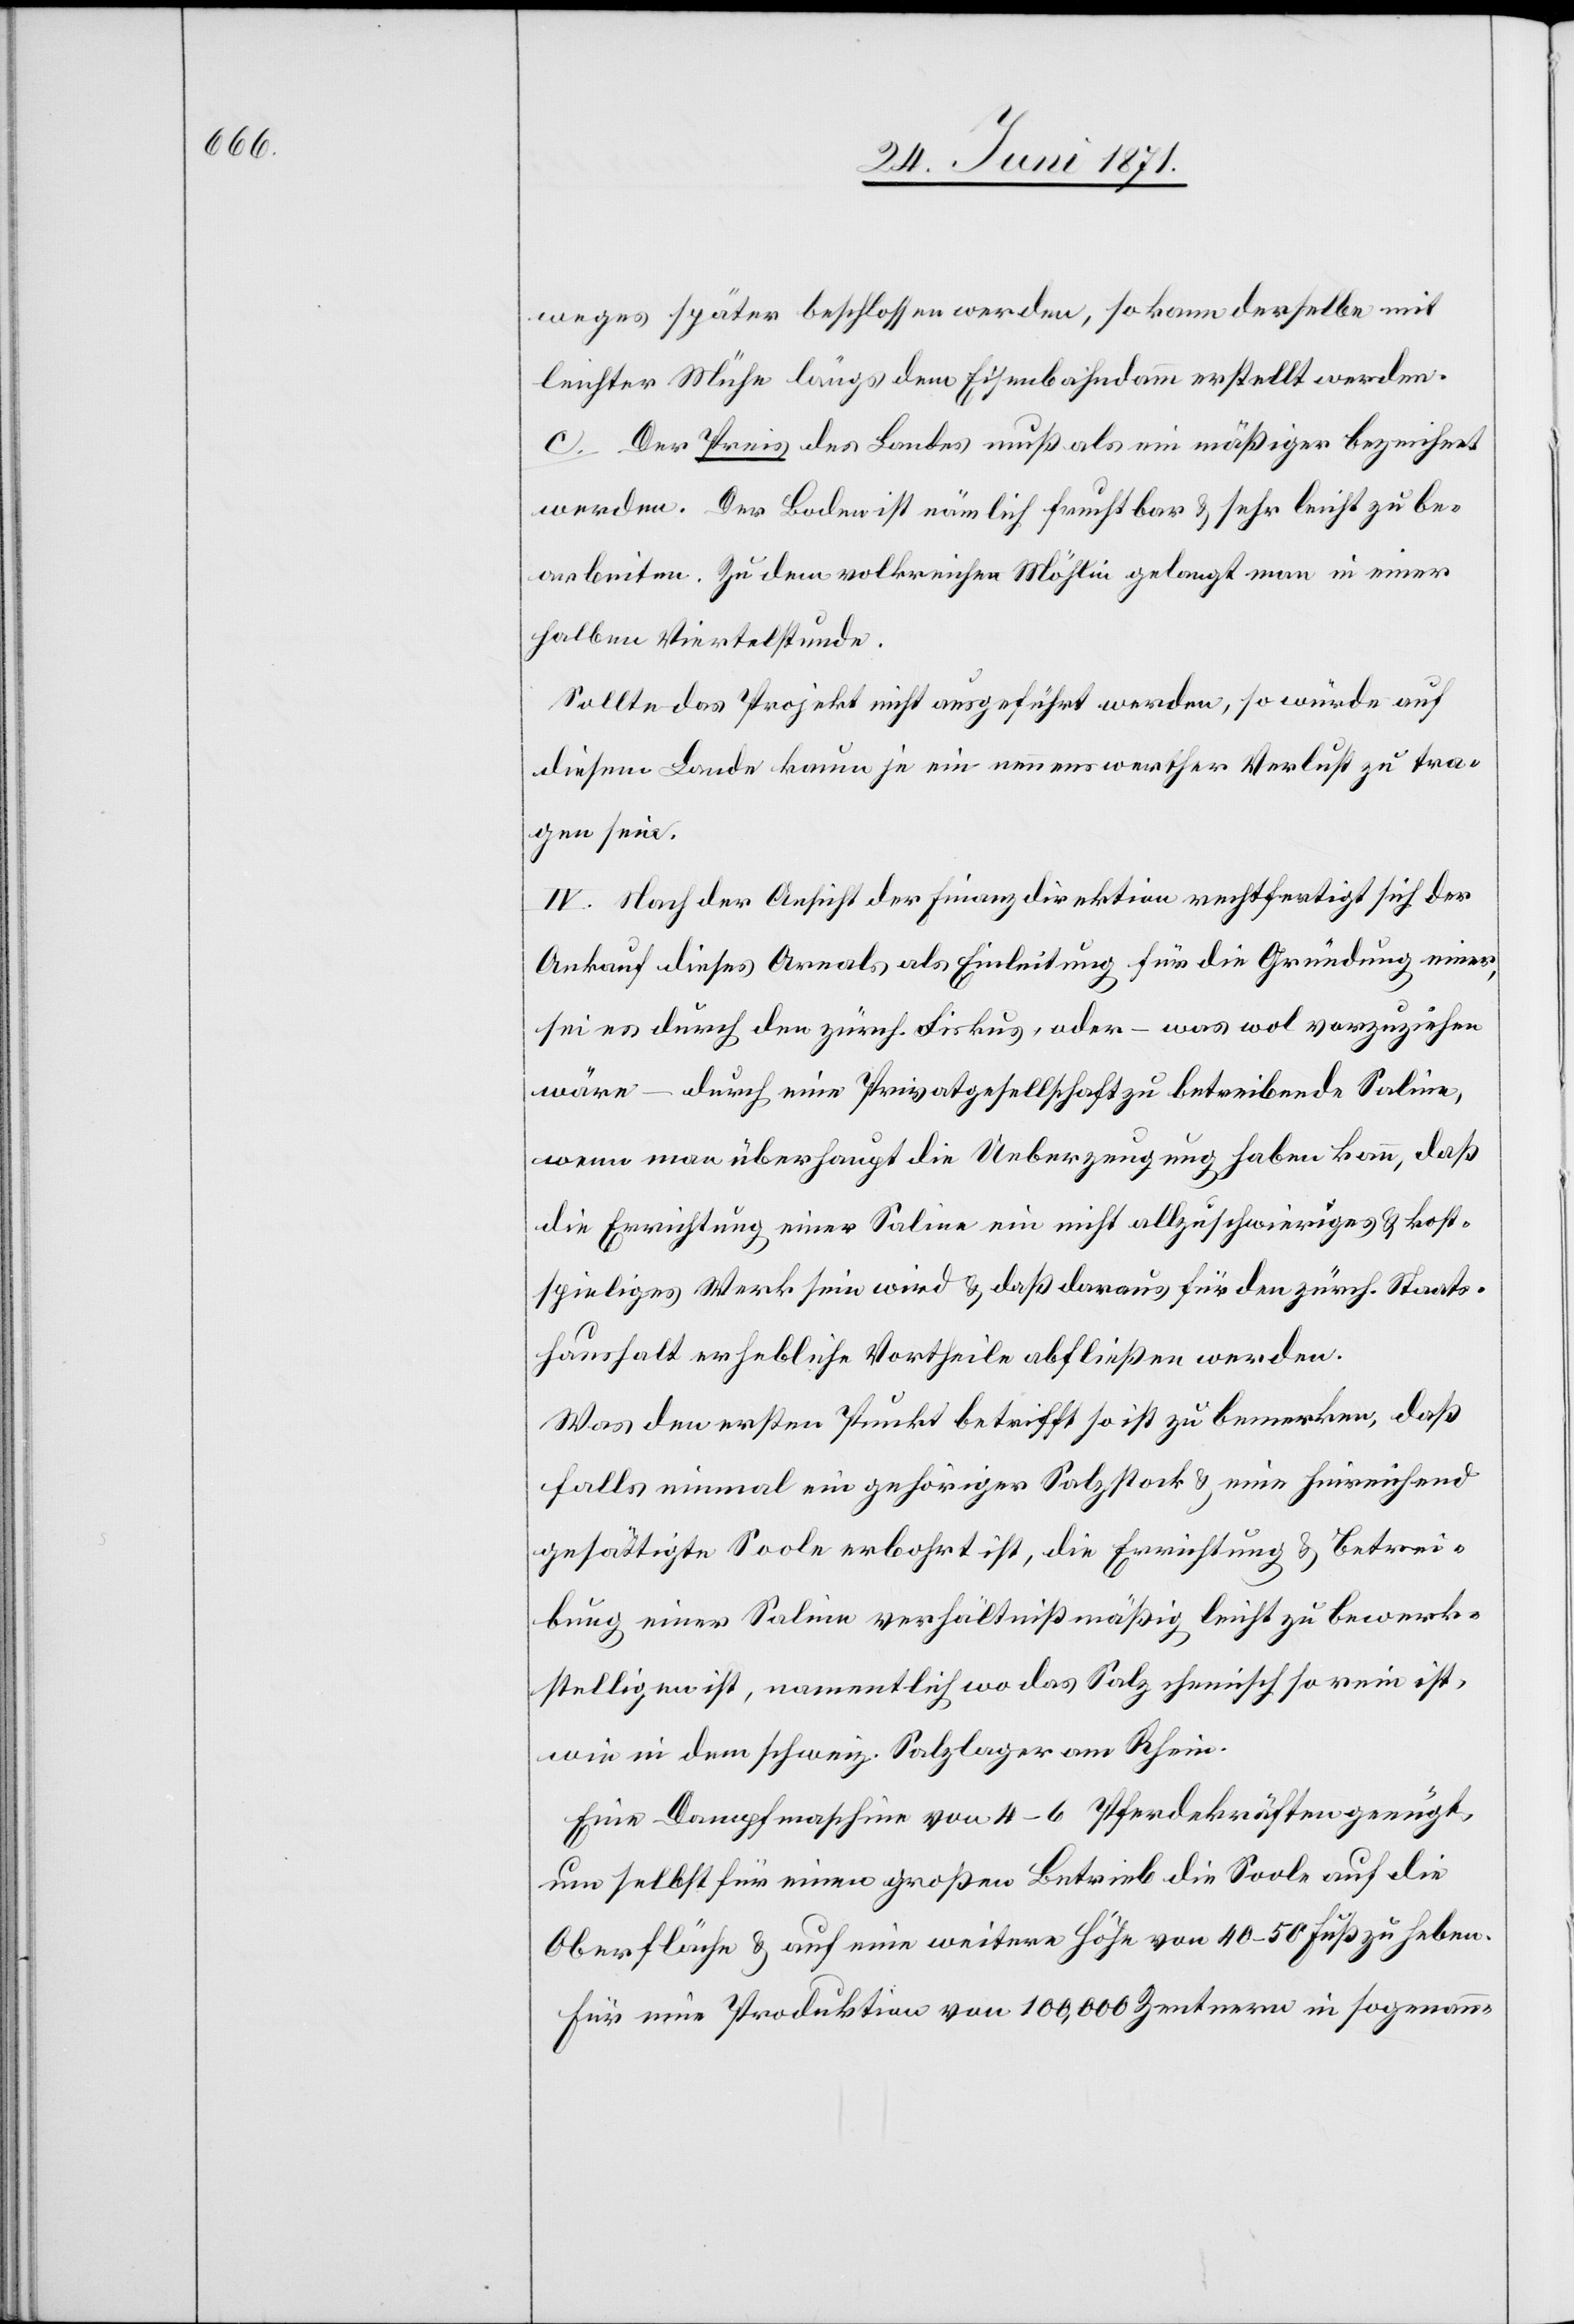
wagens später beschlossen werden, so kann derselbe mit
leichter Mühe längs dem Eisenbahndamm erstellt werden.
c. Der Preis des Landes muß als ein mäßiger bezeichnet
werden. Der Boden ist nämlich fruchtbar u. sehr leicht zu be¬
arbeiten. Zu dem volkreichen Möhlin gelangt man in einer
halben Viertelstunde.
Sollte das Projekt nicht ausgeführt werden, so würde auf
diesem Lande kaum je ein nennenswerther Verlust zu tra¬
gen sein.
IV. Nach der Ansicht der Finanzdirektion rechtfertigt sich der
Ankauf dieses Areals als Einleitung für die Gründung einer,
sei es durch den zürch. Fiskus, oder – was wol vorzuziehen
wäre – durch eine Privatgesellschaft zu betreibende Saline,
wenn man überhaupt die Ueberzeugung haben kann, daß
die Errichtung einer Saline ein nicht allzuschwieriges u. kost¬
spieliges Werk sein wird u. daß daraus für den zürch. Staats¬
haushalt erhebliche Vortheile abfließen werden.
Was den ersten Punkt betrifft so ist zu bemerken, daß
falls einmal ein gehöriger Salzstock u. eine hinreichend
gesättigte Soole erbohrt ist, die Errichtung u. Betrei¬
bung einer Saline verhältnißmäßig leicht zu bewerk¬
stelligen ist, namentlich wo das Salz chemisch so rein ist,
wie in dem schweiz. Salzlager am Rhein.
Eine Dampfmaschine von 4–6 Pferdekräften genügt,
um selbst für einen großen Betrieb die Soole auf die
Oberfläche u. auf eine weitere Höhe von 40–50 Fuß zu heben.
Für eine Produktion von 100,000 Zentnern in sogenann-